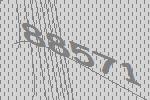
88571